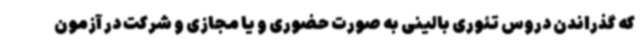
که گذراندن دروس تئوری بالینی به صورت حضوری و یا مجازی و شرکت در آزمون